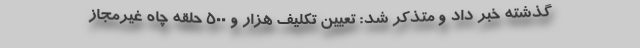
گذشته خبر داد و متذکر شد: تعیین تکلیف هزار و ۵۰۰ حلقه چاه غیرمجاز